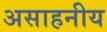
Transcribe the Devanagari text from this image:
असाहनीय